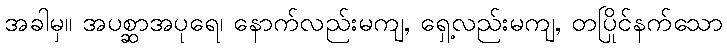
အခါမှ။ အပစ္ဆာအပုရေ၊ နောက်လည်းမကျ, ရှေ့လည်းမကျ, တပြိုင်နက်သော